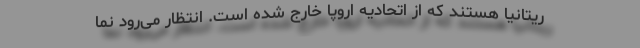
ریتانیا هستند که از اتحادیه اروپا خارج شده است. انتظار می‌رود نما